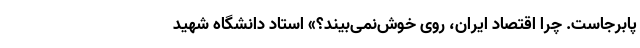
پا‌برجاست. چرا اقتصاد ایران، روی خوش‌نمی‌بیند؟» استاد دانشگاه شهید